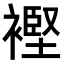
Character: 𧜶